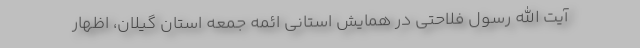
آیت الله رسول فلاحتی در همایش استانی ائمه جمعه استان گیلان، اظهار